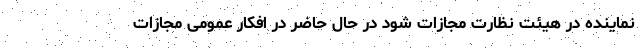
نماینده در هیئت نظارت مجازات شود در حال حاضر در افکار عمومی مجازات